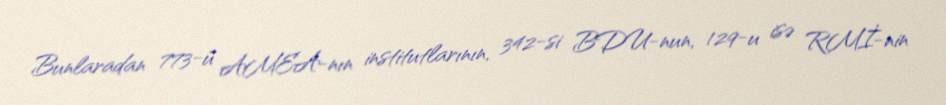
Bunlaradan 773-ü AMEA-nın institutlarının, 342-si BDU-nun, 129-u isə RMİ-nin